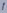
Text: 1